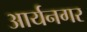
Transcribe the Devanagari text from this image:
आर्यनगर